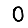
Digit: 0